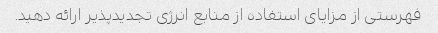
فهرستی از مزایای استفاده از منابع انرژی تجدیدپذیر ارائه دهید.